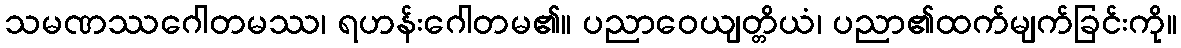
သမဏဿဂေါတမဿ၊ ရဟန်းဂေါတမ၏။ ပညာဝေယျတ္တိယံ၊ ပညာ၏ထက်မျက်ခြင်းကို။